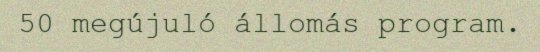
50 megújuló állomás program.